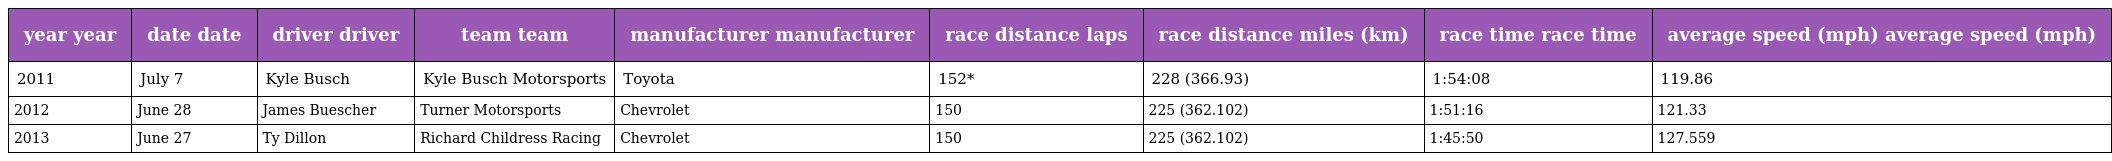
| year year | date date | driver driver | team team | manufacturer manufacturer | race distance laps | race distance miles (km) | race time race time | average speed (mph) average speed (mph) |
 | --- | --- | --- | --- | --- | --- | --- | --- | --- |
 | 2011 | July 7 | Kyle Busch | Kyle Busch Motorsports | Toyota | 152* | 228 (366.93) | 1:54:08 | 119.86 |
 | 2012 | June 28 | James Buescher | Turner Motorsports | Chevrolet | 150 | 225 (362.102) | 1:51:16 | 121.33 |
 | 2013 | June 27 | Ty Dillon | Richard Childress Racing | Chevrolet | 150 | 225 (362.102) | 1:45:50 | 127.559 |